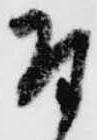
付